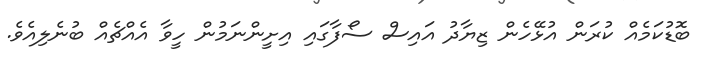
ބޮޑުކަމެއް ކުރަން އުޅޭހެން ޒިޔާދު އައިސް ސޯފާގައި އިށީންނަމުން ހީވާ އެއްޗެއް ބުނެލިއެވެ.